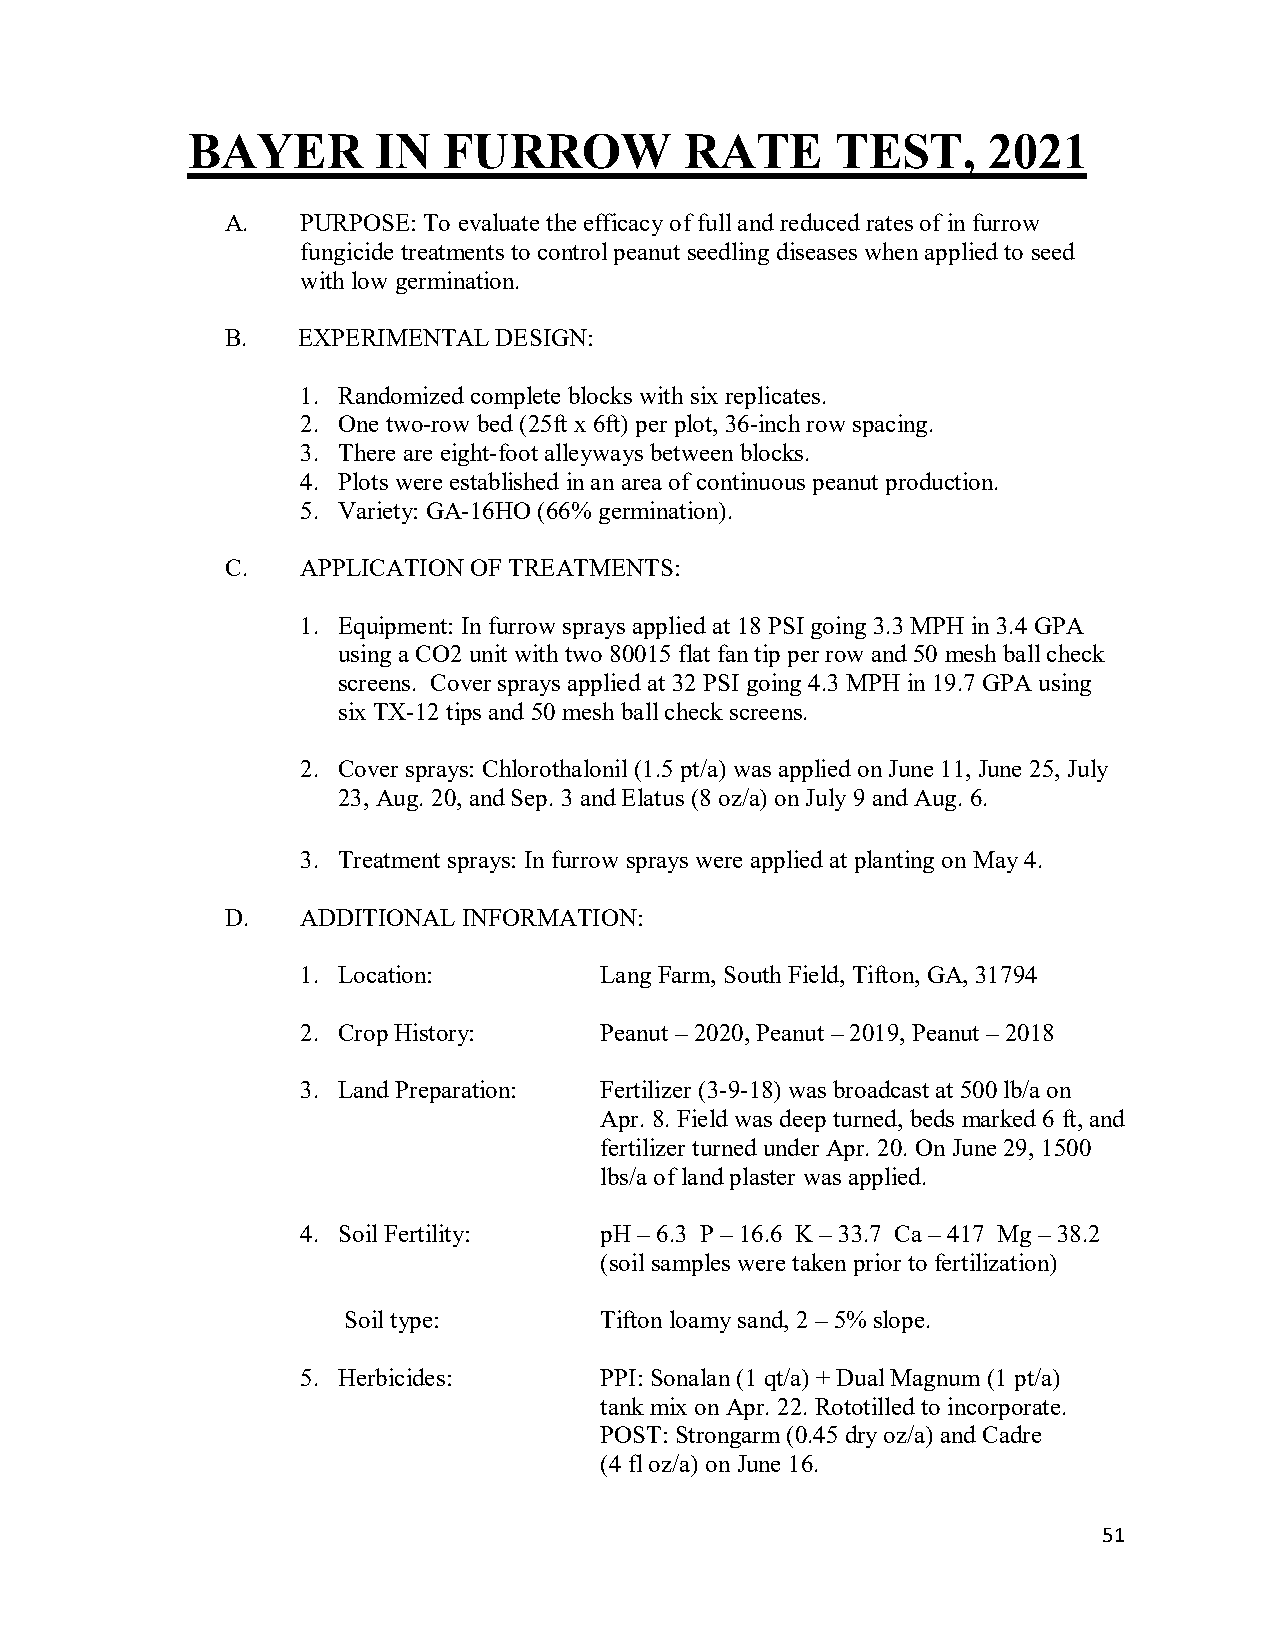
BAYER        IN  FURROW          RATE      TEST,     2021
 A.   PURPOSE: To evaluate the efficacy of full and reduced rates of in furrow
 fungicide treatments to control peanut seedling diseases when applied to seed
 with low germination.
 B.   EXPERIMENTAL DESIGN:
 1. Randomized complete blocks with six replicates.
 2. One two-row bed (25ft x 6ft) per plot, 36-inch row spacing.
 3. There are eight-foot alleyways between blocks.
 4. Plots were established in an area of continuous peanut production.
 5. Variety: GA-16HO (66% germination).
 C.   APPLICATION OF TREATMENTS:
 1. Equipment: In furrow sprays applied at 18 PSI going 3.3 MPH in 3.4 GPA
 using a CO2 unit with two 80015 flat fan tip per row and 50 mesh ball check
 screens. Cover sprays applied at 32 PSI going 4.3 MPH in 19.7 GPA using
 six TX-12 tips and 50 mesh ball check screens.
 2. Cover sprays: Chlorothalonil (1.5 pt/a) was applied on June 11, June 25, July
 23, Aug. 20, and Sep. 3 and Elatus (8 oz/a) on July 9 and Aug. 6.
 3. Treatment sprays: In furrow sprays were applied at planting on May 4.
 D.   ADDITIONAL INFORMATION:
 1. Location:        Lang Farm, South Field, Tifton, GA, 31794
 2. Crop History:    Peanut – 2020, Peanut – 2019, Peanut – 2018
 3. Land Preparation: Fertilizer (3-9-18) was broadcast at 500 lb/a on
 Apr. 8. Field was deep turned, beds marked 6 ft, and
 fertilizer turned under Apr. 20. On June 29, 1500
 lbs/a of land plaster was applied.
 4. Soil Fertility:  pH – 6.3 P – 16.6 K – 33.7 Ca – 417 Mg – 38.2
 (soil samples were taken prior to fertilization)
 Soil type:       Tifton loamy sand, 2 – 5% slope.
 5. Herbicides:      PPI: Sonalan (1 qt/a) + Dual Magnum (1 pt/a)
 tank mix on Apr. 22. Rototilled to incorporate.
 POST: Strongarm (0.45 dry oz/a) and Cadre
 (4 fl oz/a) on June 16.
 51